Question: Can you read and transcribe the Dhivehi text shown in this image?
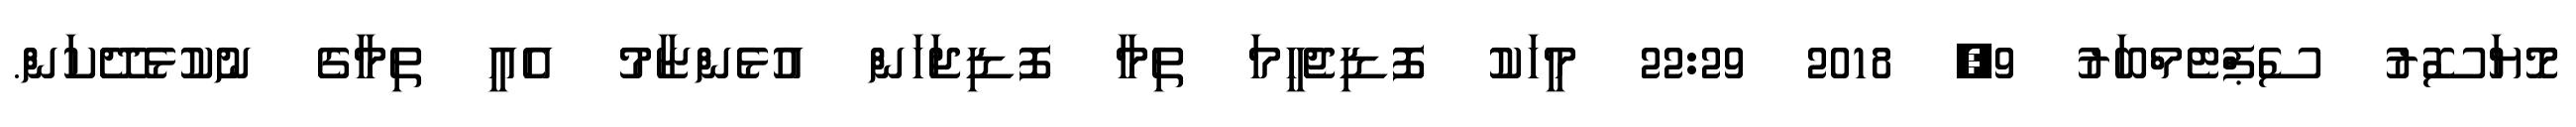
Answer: މޮޔަސޮރު ސެޕްޓެމްބަރު 9, 2018 22:29 މީހަކު ފޮޑިޖެހީމަ ތިމާ ފޮޑިޖަހަން އުޅެންޏާމު އެއީ ތިމާގެ ނުކުޅެދޭކަން.